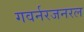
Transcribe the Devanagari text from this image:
गवर्नरजनरल